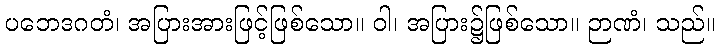
ပဘေဒဂတံ၊ အပြားအားဖြင့်ဖြစ်သော။ ဝါ၊ အပြား၌ဖြစ်သော။ ဉာဏံ၊ သည်။